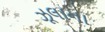
ઝૂલાના